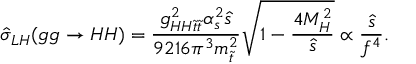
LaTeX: \hat { \sigma } _ { L H } ( g g \to H H ) = \frac { g _ { H H \tilde { t } \tilde { t } } ^ { 2 } \alpha _ { s } ^ { 2 } \hat { s } } { 9 2 1 6 \pi ^ { 3 } m _ { \tilde { t } } ^ { 2 } } \sqrt { 1 - \frac { 4 M _ { H } ^ { 2 } } { \hat { s } } } \propto \frac { \hat { s } } { f ^ { 4 } } .